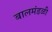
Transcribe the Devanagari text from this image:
बालमंडळी